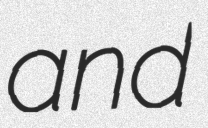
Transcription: and